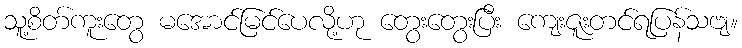
သူ့စိတ်ကူးတွေ မအောင်မြင်ပေလို့ဟု တွေးတွေးပြီး ကျေးဇူးတင်ရပြန်သဗျ။